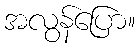
အလွန်ပြော။